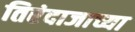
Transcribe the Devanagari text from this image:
तिरंदाजाच्या